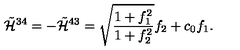
\tilde { { \cal H } } ^ { 3 4 } = - \tilde { { \cal H } } ^ { 4 3 } = \sqrt { \frac { 1 + f _ { 1 } ^ { 2 } } { 1 + f _ { 2 } ^ { 2 } } } f _ { 2 } + c _ { 0 } f _ { 1 } . \nonumber